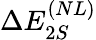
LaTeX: \Delta E_{2S}^{(NL)}